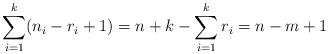
LaTeX: \begin{align*} \sum_{i=1}^k (n_i-r_i+1)= n+k-\sum_{i=1}^k r_i= n-m+1\end{align*}